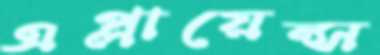
এপ্লায়েন্স